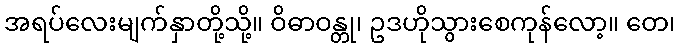
အရပ်လေးမျက်နှာတို့သို့။ ဝိဓာဝန္တု၊ ဥဒဟိုသွားစေကုန်လော့။ တေ၊